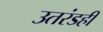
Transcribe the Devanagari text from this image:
उतरंडही